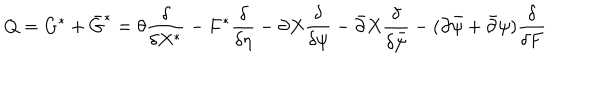
Q = G ^ { \ast } + \bar { G } ^ { \ast } = \theta { \frac { \delta } { \delta X ^ { \ast } } } - F ^ { \ast } { \frac { \delta } { \delta \eta } } - \partial X { \frac { \delta } { \delta \psi } } - \bar { \partial } X { \frac { \delta } { \delta \bar { \psi } } } - ( \partial \bar { \psi } + \bar { \partial } \psi ) { \frac { \delta } { \delta F } }